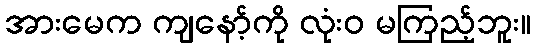
အားမေက ကျနော့်ကို လုံးဝ မကြည့်ဘူး။